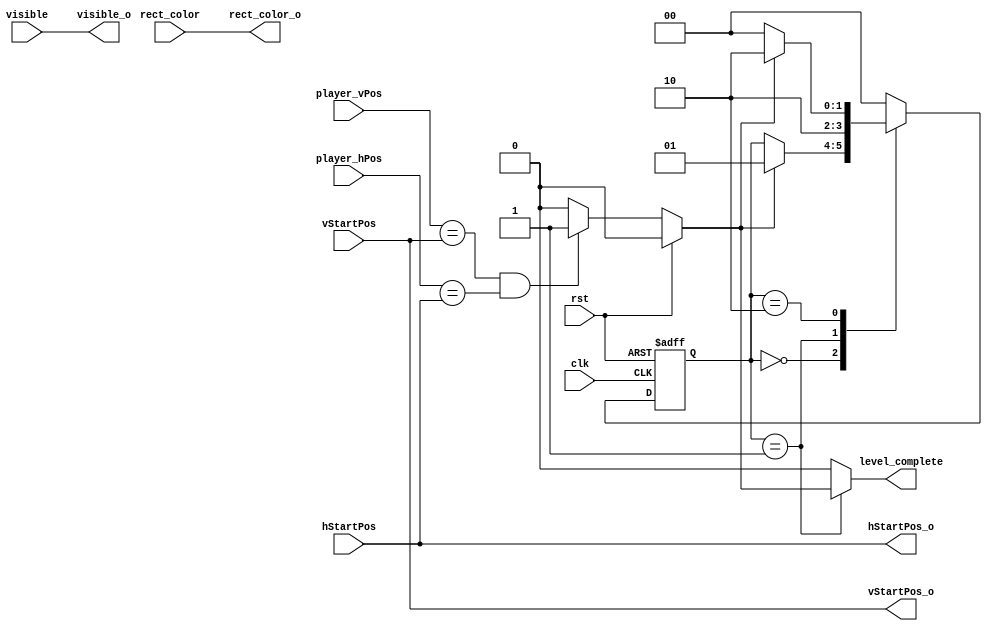
`timescale 1ns / 1ps
//////////////////////////////////////////////////////////////////////////////////
// Company: 
// Engineer: 
// 
// Design Name: 
// Module Name: DestRect
// Project Name: 
// Target Devices: 
// Tool Versions: 
// Description: 
// 
// Dependencies: 
// 
// Revision:
// Revision 0.01 - File Created
// Additional Comments:
// 
//////////////////////////////////////////////////////////////////////////////////


module DestRect(
input clk,
input rst,                  //reset
input visible,              //whether or not destination rectangle is visible
input [3:0] rect_color,     //color of Destination Rectangle
input [9:0] player_hPos,   //
input [9:0] player_vPos,
input  [9:0] vStartPos,
input  [9:0] hStartPos,
output  [9:0] vStartPos_o,
output  [9:0] hStartPos_o,
output [3:0] rect_color_o,
output visible_o,
output reg level_complete
    );
    
    
    assign rect_color_o = rect_color;    
    assign vStartPos_o=vStartPos;
    assign hStartPos_o=hStartPos;
    assign visible_o=visible;

    reg level_complete_tmp;
        // State Variables
       reg [1:0] currentState;
       reg [1:0] nextState;
       
       parameter   waitState   = 0;
       parameter   buttonPress = 1;
       parameter   buttonHold  = 2;
                   

    
//=============================================================
//FINITE STATE MACHINE
//=============================================================
         //State Register
         always @(posedge clk, posedge rst) begin
             if(rst) currentState <= waitState;
             else currentState <=  nextState;
         end
        //State Logic
         always @ (*) begin
               level_complete<=0;         //default to level_complete=0 if not otherwise specified
               nextState <=  currentState;
               case(currentState) 
                   waitState: begin
                       if(level_complete_tmp != 1'd0) begin             // If button is pressed go to next state
                           nextState <= buttonPress;
                       end
                   end
                   buttonPress: begin
                       level_complete <= level_complete_tmp;             // Output last saved button input until time is up.
                       nextState <=  buttonHold;
                   end
                   buttonHold: begin
                       level_complete <= 1'd0;               // Return output to 0 after 1 clk cycle 
                       if(level_complete_tmp==1'd0) begin                 // When there are no button presses, return to wait state
                           nextState <= waitState;
                       end
                       else nextState<=buttonHold;
                       end
                   default: begin
                   nextState<=waitState;   
                   level_complete <= 1'd0;                                 
                   end            
               endcase
           end    





    
always@( *) begin
    
        if(rst==1)
        begin
        level_complete_tmp<=0;
        end
        else begin
       if((player_vPos == vStartPos ) // inside rectangle
       && (player_hPos == hStartPos))
       begin
           level_complete_tmp<=1;
       end
       else
       begin
            level_complete_tmp<=0;
        end
   end
    end
endmodule